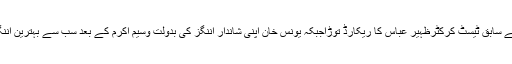
انہوں نے59ویں ٹیسٹ میچ میں 5062رنز اسکور کر کے سابق ٹیسٹ کرکٹرظہیر عباس کا ریکارڈ توڑاجبکہ یونس خان اپنی شاندار اننگز کی بدولت وسیم اکرم کے بعد سب سے بہترین اننگز کھیلنے والے کپتان بن گئے ہیں،وسیم . . . مکمل بلاگ